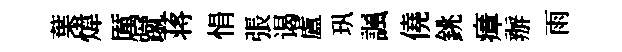
葉煒厲蹴蒋悁張谒盧㺬諷僥銚瘴辦雨